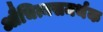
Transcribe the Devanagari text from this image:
औचित्यसमर्थक